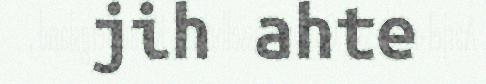
jih ahte